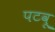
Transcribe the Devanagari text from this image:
पटवू